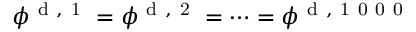
\phi ^ { \mathrm { ~ d ~ , ~ 1 ~ } } = \phi ^ { \mathrm { ~ d ~ , ~ 2 ~ } } = \dots = \phi ^ { \mathrm { ~ d ~ , ~ 1 ~ 0 ~ 0 ~ 0 ~ } }